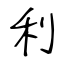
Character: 利